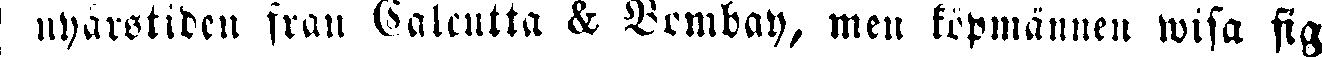
1 nyårstiden från Calcutta & Bombay, men köpmännen wisa sig